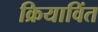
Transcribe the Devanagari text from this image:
क्रियाविंत